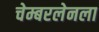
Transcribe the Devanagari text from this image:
चेम्बरलेनला